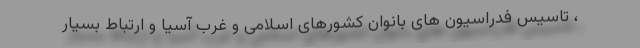
، تاسیس فدراسیون های بانوان کشورهای اسلامی و غرب آسیا و ارتباط بسیار